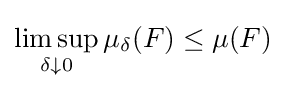
\limsup _{\delta \downarrow 0}\mu _{\delta }(F)\leq \mu (F)